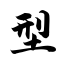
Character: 型